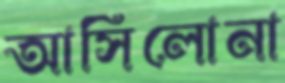
আসিলোনা